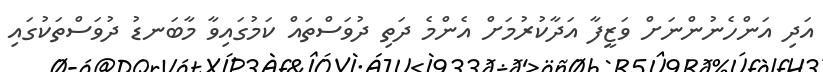
އަދި އަންހެނުންނަށް ވަޒީފާ އަދާކުރުމަށް އެންމެ ދަތި ދުވަސްތައް ކަމުގައިވާ މާބަނޑު ދުވަސްތަކުގައި